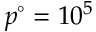
p ^ { \circ } = 1 0 ^ { 5 }